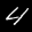
Label: 4